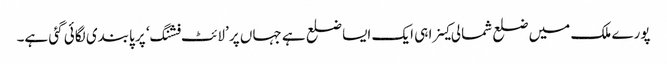
پورے ملک میں ضلع شمالی کینرا ہی ایک ایسا ضلع ہے جہاں پر ’لائٹ فشنگ‘ پر پابندی لگائی گئی ہے۔